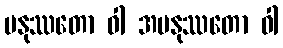
မနုဿတော ဝါ အမနုဿတော ဝါ